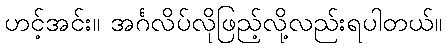
ဟင့်အင်း။ အင်္ဂလိပ်လိုဖြည့်လို့လည်းရပါတယ်။